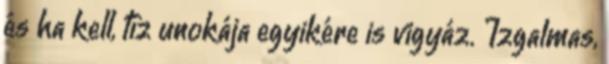
és ha kell, tíz unokája egyikére is vigyáz. Izgalmas,